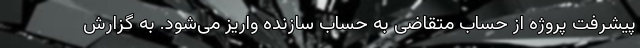
پیشرفت پروژه از حساب متقاضی به حساب سازنده واریز می‌شود. به گزارش